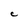
Character: C